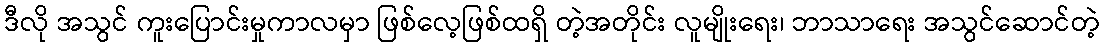
ဒီလို အသွင် ကူးပြောင်းမှုကာလမှာ ဖြစ်လေ့ဖြစ်ထရှိ တဲ့အတိုင်း လူမျိုးရေး၊ ဘာသာရေး အသွင်ဆောင်တဲ့